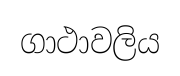
ගාථාවලිය